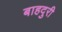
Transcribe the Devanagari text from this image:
बाहदुरी